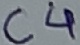
Text: C4